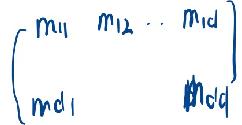
\[
\begin{pmatrix}
m_{11} & m_{12} & \cdots & m_{1d} \\
m_{d1} & & & m_{dd}
\end{pmatrix}
\]